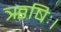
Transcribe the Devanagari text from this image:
ऋषिः।